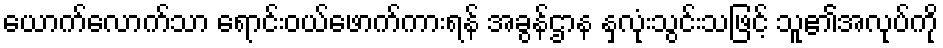
ယောက်လောက်သာ ရောင်းဝယ်ဖောက်ကားရန် အခွန်ဌာန နှလုံးသွင်းသဖြင့် သူ၏အလုပ်ကို